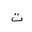
Letter: _ta